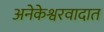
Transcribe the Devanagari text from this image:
अनेकेश्वरवादात